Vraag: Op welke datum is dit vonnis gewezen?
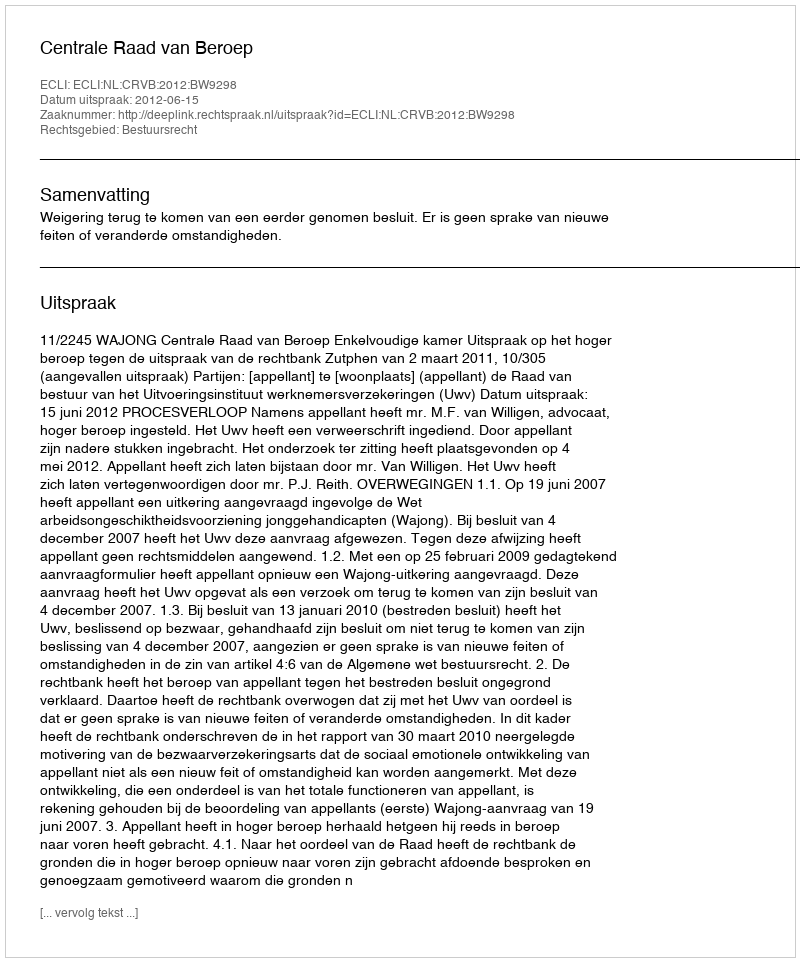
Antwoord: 2012-06-15